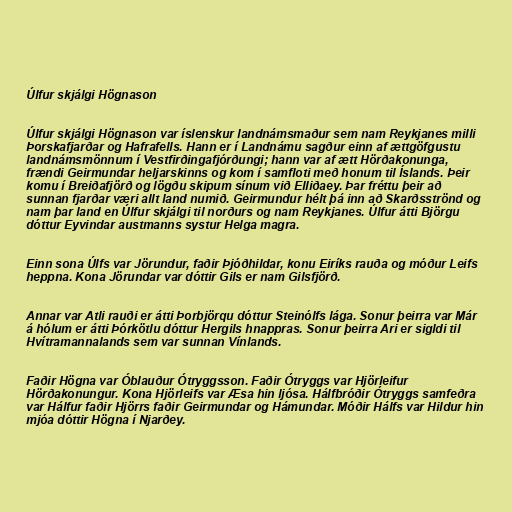
Úlfur skjálgi Högnason

Úlfur skjálgi Högnason var íslenskur landnámsmaður sem nam Reykjanes milli
Þorskafjarðar og Hafrafells. Hann er í Landnámu sagður einn af ættgöfgustu
landnámsmönnum í Vestfirðingafjórðungi; hann var af ætt Hörðakonunga,
frændi Geirmundar heljarskinns og kom í samfloti með honum til Íslands. Þeir
komu í Breiðafjörð og lögðu skipum sínum við Elliðaey. Þar fréttu þeir að
sunnan fjarðar væri allt land numið. Geirmundur hélt þá inn að Skarðsströnd og
nam þar land en Úlfur skjálgi til norðurs og nam Reykjanes. Úlfur átti Björgu
dóttur Eyvindar austmanns systur Helga magra.

Einn sona Úlfs var Jörundur, faðir Þjóðhildar, konu Eiríks rauða og móður Leifs
heppna. Kona Jörundar var dóttir Gils er nam Gilsfjörð.

Annar var Atli rauði er átti Þorbjörqu dóttur Steinólfs lága. Sonur þeirra var Már
á hólum er átti Þórkötlu dóttur Hergils hnappras. Sonur þeirra Ari er sigldi til
Hvítramannalands sem var sunnan Vínlands.

Faðir Högna var Óblauður Ótryggsson. Faðir Ótryggs var Hjörleifur
Hörðakonungur. Kona Hjörleifs var Æsa hin ljósa. Hálfbróðir Ótryggs samfeðra
var Hálfur faðir Hjörrs faðir Geirmundar og Hámundar. Móðir Hálfs var Hildur hin
mjóa dóttir Högna í Njarðey.